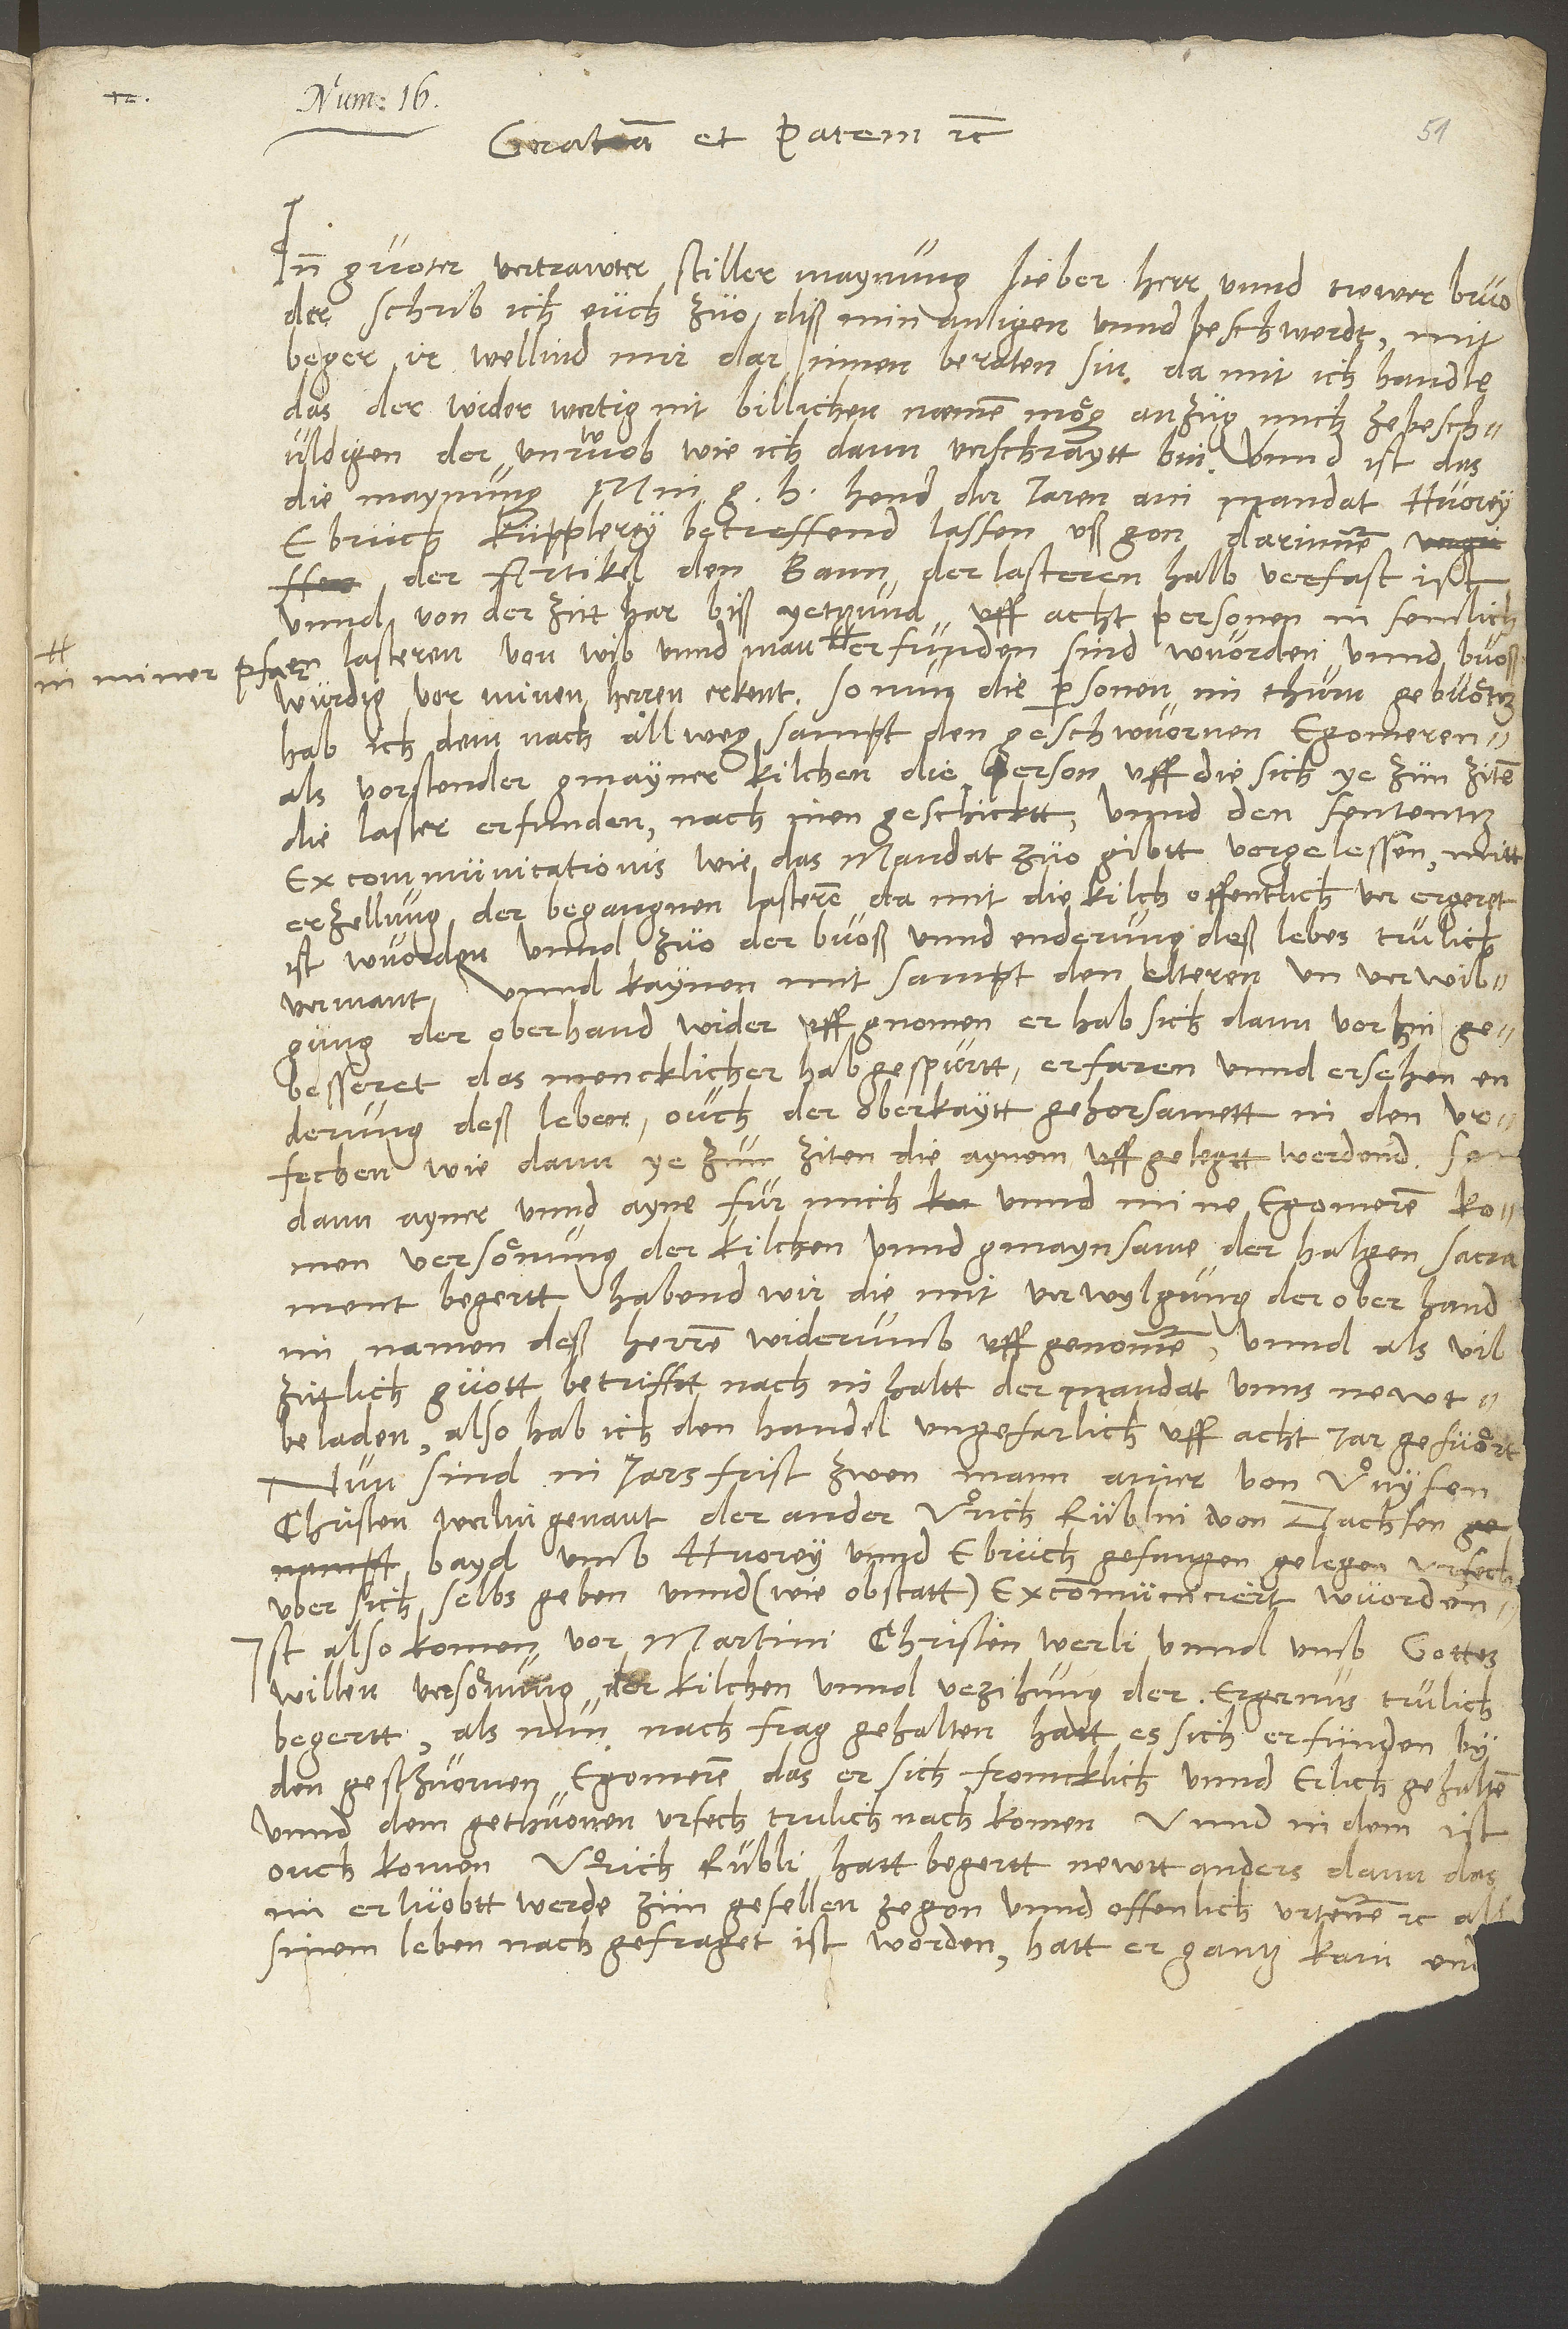
Gratiam et pacem etc.
Inn guoter, vertrawter, stiller maynung, lieber herr unnd trewer bruoder,
schrib ich euch zuo diss min anligen unnd beschwerdt mit
beger, ir wellind mir darinnen beraten sin, damit ich handle,
das der widerwertig nit billichen nämen mög anzug, mich ze beschuldigen
der unruowb, wie ich dann verschraytt bin. Unnd ist das
die maynung: Min g hend der jaren ain mandat, huorey,
ebruch, kupplerey betreffend, lassen ussgon, darinnen
der artikel den bann der lasteren halb verfast ist.
Unnd von der zitt har biß yettund uff acht personen in semlichen
buosswurdig vor minen herren erkent. So nun die personen im thurn gebuötz,
hab ich demnach allweg sampt den geschwuornen egomeren
als vorstender gmayner kilchen die person, uff die sich ye zun ziten
die laster erfunden, nach inen geschicktt unnd den sententz
excommunicationis, wie das mandat zuogibtt, vorgelessen mitt
erzellung der begangnen lasteren, damit die kilch öffentlich verergeret
ist wuorden, unnd zuo der buoß unnd enderung deß lebes trulich
vermant; unnd kaynen mitsampt den elteren und verwilgung
der oberhand wider uffgnomen, er hab sich dann vorhin
gebesseret, das mencklicher hab gespurtt, erfaren unnd ersehen
enderung deß lebens, ouch der oberkaytt gehorsamett in den urfechen,
wie dann ye zun ziten die aynem uffgelegtt werdend. Sodann
ayner unnd ayne fur mich unnd mine egomeren komen,
versönung der kilchen unnd gmaynsame der halgen sacrament
begertt, habend wir die mit verwylgung der oberhand
im namen deß herren widerumb uffgenommen unnd als vil
zittlich guott betrifftt, nach inhaltt der mandat unns newt
beladen. Also hab ich den handel ungefärlich uff acht jar gefuört.
Nun sind in jarsfrist zwen mann, ainer von Unysen,
Christen Werlin genant, der ander Urich Rublin von Dachsen,
bayd umb huorey unnd ebruch gefangen gelegen, urfech
uber sich selbs geben unnd (wie obstatt) excommuniciert wuorden.
Ist also komen vor Martini Christen Werli unnd umb gottes
willen versönung der kilchen unnd verzihung der ergernus trulich
begertt. Als nun nachfrag gehalten, hatt es sich erfunden by
den geschuornen egomeren, das er sich fromcklich unnd erlich gehalten
unnd dem gethuonen urfech trulich nachkomen. Unnd in dem ist
ouch komen Urich Rubli, hatt begern newtt anders, dann das
im erluobtt werde, zun gesellen zegon unnd öffenlich urtenen etc. Als
sinem leben nachgefraget ist worden, hatt er gantz kain enderung